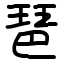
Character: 琶